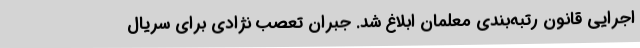
اجرایی قانون رتبه‌بندی معلمان ابلاغ شد. جبران تعصب نژادی برای سریال